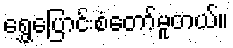
ရွှေ့ပြောင်းစံတော်မူတယ်။